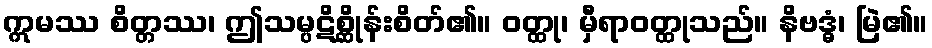
ဣမဿ စိတ္တဿ၊ ဤသမ္ပဋိစ္ဆိုန်းစိတ်၏။ ဝတ္ထု၊ မှီရာဝတ္ထုသည်။ နိဗဒ္ဓံ၊ မြဲ၏။